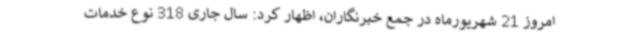
امروز 21 شهریورماه در جمع خبرنگاران، اظهار کرد: سال جاری 318 نوع خدمات